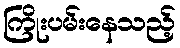
ကြိုးပမ်းနေသည့်